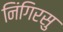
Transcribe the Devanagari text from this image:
निंगिरसु